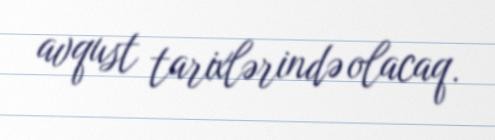
avqust tarixlərində olacaq.